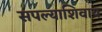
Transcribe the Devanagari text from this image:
संपल्याशिवाय